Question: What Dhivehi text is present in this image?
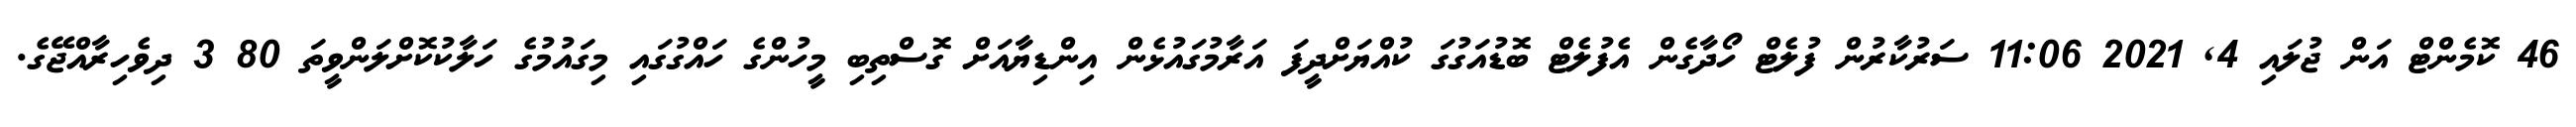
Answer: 46 ކޮމެންޓް އަން ޖުލައި 4, 2021 11:06 ސަރުކާރުން ފުލެޓް ހޯދާގެން އެފުލެޓް ބޮޑުއަގުގަ ކުއްޔަށްދީފަ އަރާމުގައުޅެން އިންޑިޔާއަށް ގޮސްތިބި މީހުންގެ ހައްގުގައި މިގައުމުގެ ހަލާކުކޮށްލަންވީތަ 80 3 ދިވެހިރާއްޖޭގެ.